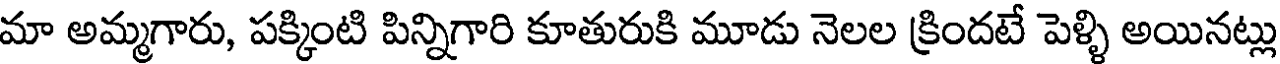
మా అమ్మగారు, పక్కింటి పిన్నిగారి కూతురుకి మూడు నెలల క్రిందటే పెళ్ళి అయినట్లు